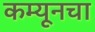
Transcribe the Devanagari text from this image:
कम्यूनचा